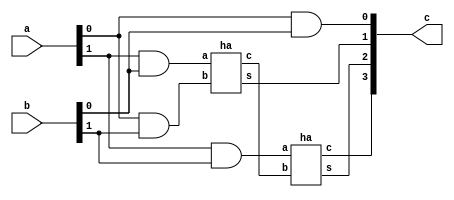
module array2(a, b, c);
    input [1:0]a, b;
    output [3:0]c;
    wire [3:0]c, temp;
     
    assign c[0]=a[0]&b[0];
    assign temp[0]=a[1]&b[0];
    assign temp[1]=a[0]&b[1];
    assign temp[2]=a[1]&b[1];
    ha z1(temp[0],temp[1],c[1],temp[3]);
    ha z2(temp[2],temp[3],c[2],c[3]);
 
endmodule
 
module arraymul4(a,b,c);
    input [3:0]a, b;
    output [7:0]c;
     
    wire [3:0]q0,q1,q2,q3,q4,temp1;
     
    wire [7:0]c;
    wire [5:0]q5,q6,temp2,temp3,temp4;
     
    array2 z1(a[1:0],b[1:0],q0[3:0]);
    array2 z2(a[3:2],b[1:0],q1[3:0]);
    array2 z3(a[1:0],b[3:2],q2[3:0]);
    array2 z4(a[3:2],b[3:2],q3[3:0]);
     
    assign temp1 ={2'b0,q0[3:2]};
    assign q4 = q1[3:0]+temp1;
    assign temp2 ={2'b0,q2[3:0]};
    assign temp3 ={q3[3:0],2'b0};
    assign q5 = temp2+temp3;
    assign temp4={2'b0,q4[3:0]};
    assign q6 = temp4+q5;
     
    assign c[1:0]=q0[1:0];
    assign c[7:2]=q6[5:0];
endmodule
module ha(a,b,s,c);
    input a,b;
    output s,c;
     
    assign s = a^b;
    assign c = a&b;
endmodule